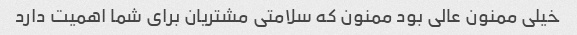
خیلی ممنون عالی بود ممنون که سلامتی مشتریان برای شما اهمیت دارد